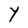
Character: Y